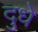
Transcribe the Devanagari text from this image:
दुधे